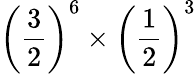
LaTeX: \left({\frac{3}{2}}\right)^{6}\times\left({\frac{1}{2}}\right)^{3}